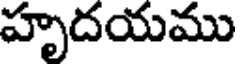
హృదయము